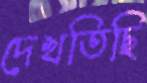
দেখতিছি